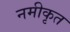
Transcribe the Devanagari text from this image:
नमीकृत